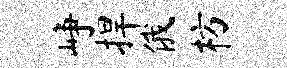
峥捍俄枋